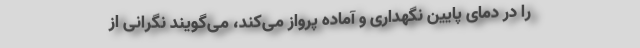
را در دمای پایین نگهداری و آماده پرواز می‌کند، می‌گویند نگرانی از